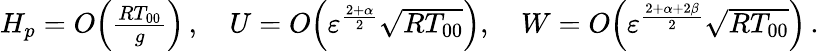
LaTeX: \begin{array}{r}{H_{p}={O}\! \left(\frac{RT_{00}}{g}\right)\, ,\quad U={O}\! \left({\varepsilon}^{\frac{2+\alpha}{2}}\sqrt{RT_{00}}\right),\quad W={O}\! \left({\varepsilon}^{\frac{2+\alpha+2\beta}{2}}\sqrt{RT_{00}}\right)\, .}\end{array}